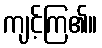
ကျင့်ကြ၏။